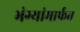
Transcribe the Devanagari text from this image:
भंग्यांमार्फत